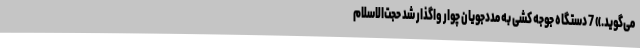
می‌گوید.» 7 دستگاه جوجه کشی به مددجویان چوار واگذار شد حجت‌الاسلام